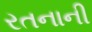
રતનાની